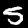
Digit: 5